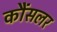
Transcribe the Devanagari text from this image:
कौंसलर